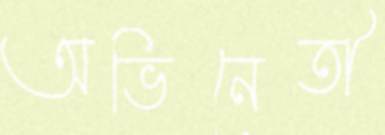
অভিনেতী